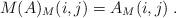
LaTeX: \begin{align*}M(A)_M(i,j)=A_M(i,j)\;.\end{align*}